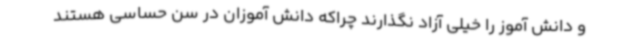
و دانش آموز را خیلی آزاد نگذارند چراکه دانش آموزان در سن حساسی هستند